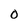
Character: 0